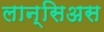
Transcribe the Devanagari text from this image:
लान्सिअस